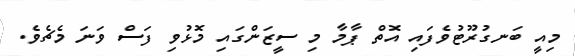
މިއީ ބަނގުރޫޓުވެފައި އޮތް ޕާމާ މި ސީޒަންގައި މޮޅުވި ފަސް ވަނަ މެޗެވެ.